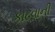
કાઢવાની